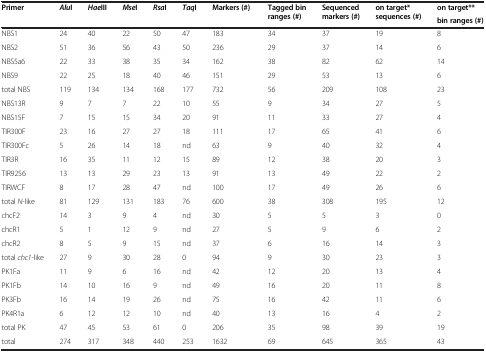
<table><thead><tr><td rowspan="2"><b>Primer</b></td><td rowspan="2"><b><i>Alu</i>I</b></td><td rowspan="2"><b><i>Hae</i>III</b></td><td rowspan="2"><b><i>Mse</i>I</b></td><td rowspan="2"><b><i>Rsa</i>I</b></td><td rowspan="2"><b><i>Taq</i>I</b></td><td rowspan="2"><b>Markers (#)</b></td><td rowspan="2"><b>Tagged bin ranges (#)</b></td><td rowspan="2"><b>Sequenced markers (#)</b></td><td rowspan="2"><b>on target* sequences (#)</b></td><td><b>on target**</b></td></tr><tr><td><b>bin ranges (#)</b></td></tr></thead><tbody><tr><td>NBS1</td><td>24</td><td>40</td><td>22</td><td>50</td><td>47</td><td>183</td><td>34</td><td>37</td><td>19</td><td>8</td></tr><tr><td>NBS2</td><td>51</td><td>36</td><td>56</td><td>43</td><td>50</td><td>236</td><td>29</td><td>37</td><td>14</td><td>6</td></tr><tr><td>NBS5a6</td><td>22</td><td>33</td><td>38</td><td>35</td><td>34</td><td>162</td><td>38</td><td>82</td><td>62</td><td>14</td></tr><tr><td>NBS9</td><td>22</td><td>25</td><td>18</td><td>40</td><td>46</td><td>151</td><td>29</td><td>53</td><td>13</td><td>6</td></tr><tr><td>total NBS</td><td>119</td><td>134</td><td>134</td><td>168</td><td>177</td><td>732</td><td>56</td><td>209</td><td>108</td><td>23</td></tr><tr><td>NBS13R</td><td>9</td><td>7</td><td>7</td><td>22</td><td>10</td><td>55</td><td>9</td><td>34</td><td>27</td><td>5</td></tr><tr><td>NBS15F</td><td>7</td><td>15</td><td>15</td><td>34</td><td>20</td><td>91</td><td>11</td><td>33</td><td>27</td><td>4</td></tr><tr><td>TIR300F</td><td>23</td><td>16</td><td>27</td><td>27</td><td>18</td><td>111</td><td>17</td><td>65</td><td>41</td><td>6</td></tr><tr><td>TIR300Fc</td><td>5</td><td>26</td><td>14</td><td>18</td><td>nd</td><td>63</td><td>9</td><td>40</td><td>32</td><td>4</td></tr><tr><td>TIR3R</td><td>16</td><td>35</td><td>11</td><td>12</td><td>15</td><td>89</td><td>12</td><td>38</td><td>20</td><td>3</td></tr><tr><td>TIR9256</td><td>13</td><td>13</td><td>29</td><td>23</td><td>13</td><td>91</td><td>13</td><td>49</td><td>22</td><td>2</td></tr><tr><td>TIRWCF</td><td>8</td><td>17</td><td>28</td><td>47</td><td>nd</td><td>100</td><td>17</td><td>49</td><td>26</td><td>6</td></tr><tr><td>total <i>N</i>-like</td><td>81</td><td>129</td><td>131</td><td>183</td><td>76</td><td>600</td><td>38</td><td>308</td><td>195</td><td>12</td></tr><tr><td>chcF2</td><td>14</td><td>3</td><td>9</td><td>4</td><td>nd</td><td>30</td><td>5</td><td>5</td><td>3</td><td>0</td></tr><tr><td>chcR1</td><td>5</td><td>1</td><td>12</td><td>9</td><td>nd</td><td>27</td><td>5</td><td>9</td><td>6</td><td>2</td></tr><tr><td>chcR2</td><td>8</td><td>5</td><td>9</td><td>15</td><td>nd</td><td>37</td><td>6</td><td>16</td><td>14</td><td>3</td></tr><tr><td>total <i>chc1</i>-like</td><td>27</td><td>9</td><td>30</td><td>28</td><td>0</td><td>94</td><td>9</td><td>30</td><td>23</td><td>3</td></tr><tr><td>PK1Fa</td><td>11</td><td>9</td><td>6</td><td>16</td><td>nd</td><td>42</td><td>12</td><td>20</td><td>13</td><td>4</td></tr><tr><td>PK1Fb</td><td>14</td><td>10</td><td>16</td><td>9</td><td>nd</td><td>49</td><td>16</td><td>20</td><td>11</td><td>8</td></tr><tr><td>PK3Fb</td><td>16</td><td>14</td><td>19</td><td>26</td><td>nd</td><td>75</td><td>16</td><td>42</td><td>11</td><td>6</td></tr><tr><td>PK4R1a</td><td>6</td><td>12</td><td>12</td><td>10</td><td>nd</td><td>40</td><td>13</td><td>16</td><td>4</td><td>2</td></tr><tr><td>total PK</td><td>47</td><td>45</td><td>53</td><td>61</td><td>0</td><td>206</td><td>35</td><td>98</td><td>39</td><td>19</td></tr><tr><td>total</td><td>274</td><td>317</td><td>348</td><td>440</td><td>253</td><td>1632</td><td>69</td><td>645</td><td>365</td><td>43</td></tr></tbody></table>